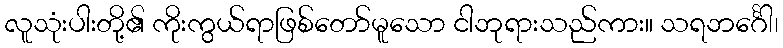
လူသုံးပါးတို့၏ ကိုးကွယ်ရာဖြစ်တော်မူသော ငါဘုရားသည်ကား။ သရဘင်္ဂေါ၊